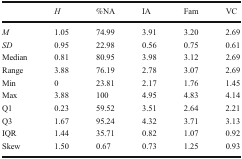
|  | H | %NA | IA | Fam | VC |
 | --- | --- | --- | --- | --- | --- |
 | M | 1.05 | 74.99 | 3.91 | 3.20 | 2.69 |
 | SD | 0.95 | 22.98 | 0.56 | 0.75 | 0.61 |
 | Median | 0.81 | 80.95 | 3.98 | 3.12 | 2.69 |
 | Range | 3.88 | 76.19 | 2.78 | 3.07 | 2.69 |
 | Min | 0 | 23.81 | 2.17 | 1.76 | 1.45 |
 | Max | 3.88 | 100 | 4.95 | 4.83 | 4.14 |
 | Q1 | 0.23 | 59.52 | 3.51 | 2.64 | 2.21 |
 | Q3 | 1.67 | 95.24 | 4.32 | 3.71 | 3.13 |
 | IQR | 1.44 | 35.71 | 0.82 | 1.07 | 0.92 |
 | Skew | 1.50 | 0.67 | 0.73 | 1.25 | 0.93 |